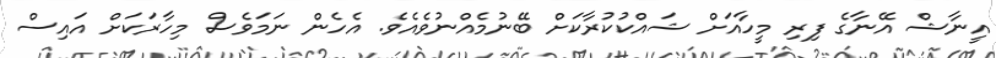
އީނާޝް އޭނާގެ ފިރި މީހާއަށް ޝައްކުކުރާކަށް ބޭނުމެއްނުވެއެވެ. އެހެން ނަމަވެސް މިހާރަކަށް އައިސް